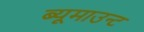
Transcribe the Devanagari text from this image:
ब्यूमाउन्ट